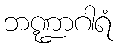
ဘဏ္ဍာဂါရံ